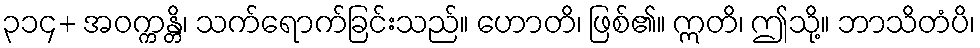
၃၁၄+ အဝက္ကန္တိ၊ သက်ရောက်ခြင်းသည်။ ဟောတိ၊ ဖြစ်၏။ ဣတိ၊ ဤသို့။ ဘာသိတံပိ၊